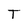
Character: T